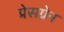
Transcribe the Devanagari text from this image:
प्रेसग्रेन